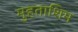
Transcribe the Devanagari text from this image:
मुहताशिम